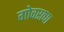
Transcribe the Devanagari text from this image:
गोवराचा